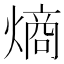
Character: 熵